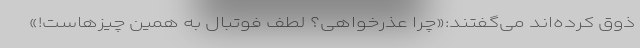
ذوق کرده‌اند می‌گفتند:«چرا عذرخواهی؟ لطف فوتبال به همین چیزهاست!»